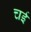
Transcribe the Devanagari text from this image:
चई